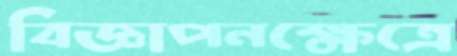
বিজ্ঞাপনক্ষেত্রে